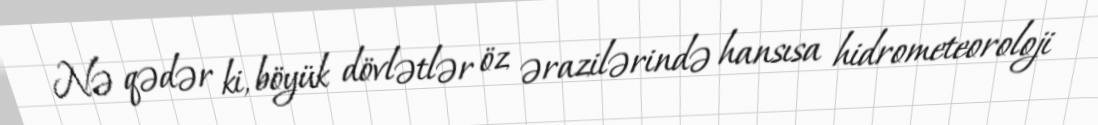
Nə qədər ki, böyük dövlətlər öz ərazilərində hansısa hidrometeoroloji